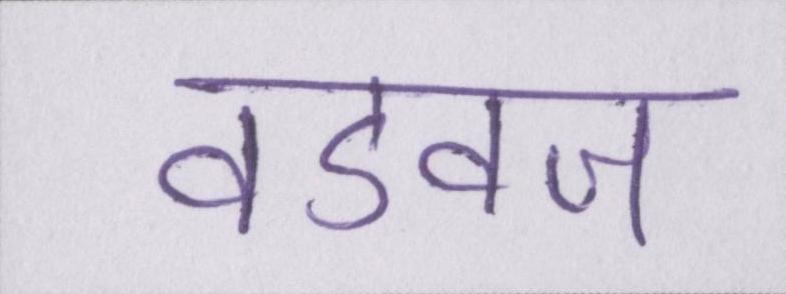
वडवज